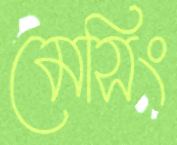
মেসিং